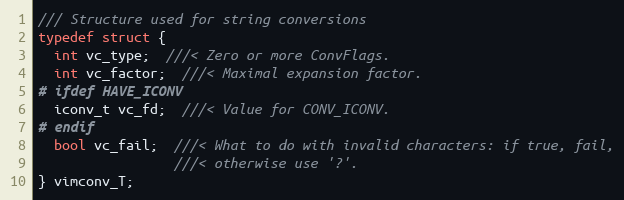
Language: C
/// Structure used for string conversions
typedef struct {
  int vc_type;  ///< Zero or more ConvFlags.
  int vc_factor;  ///< Maximal expansion factor.
# ifdef HAVE_ICONV
  iconv_t vc_fd;  ///< Value for CONV_ICONV.
# endif
  bool vc_fail;  ///< What to do with invalid characters: if true, fail,
                 ///< otherwise use '?'.
} vimconv_T;